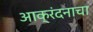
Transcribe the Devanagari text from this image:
आक्रंदनाचा